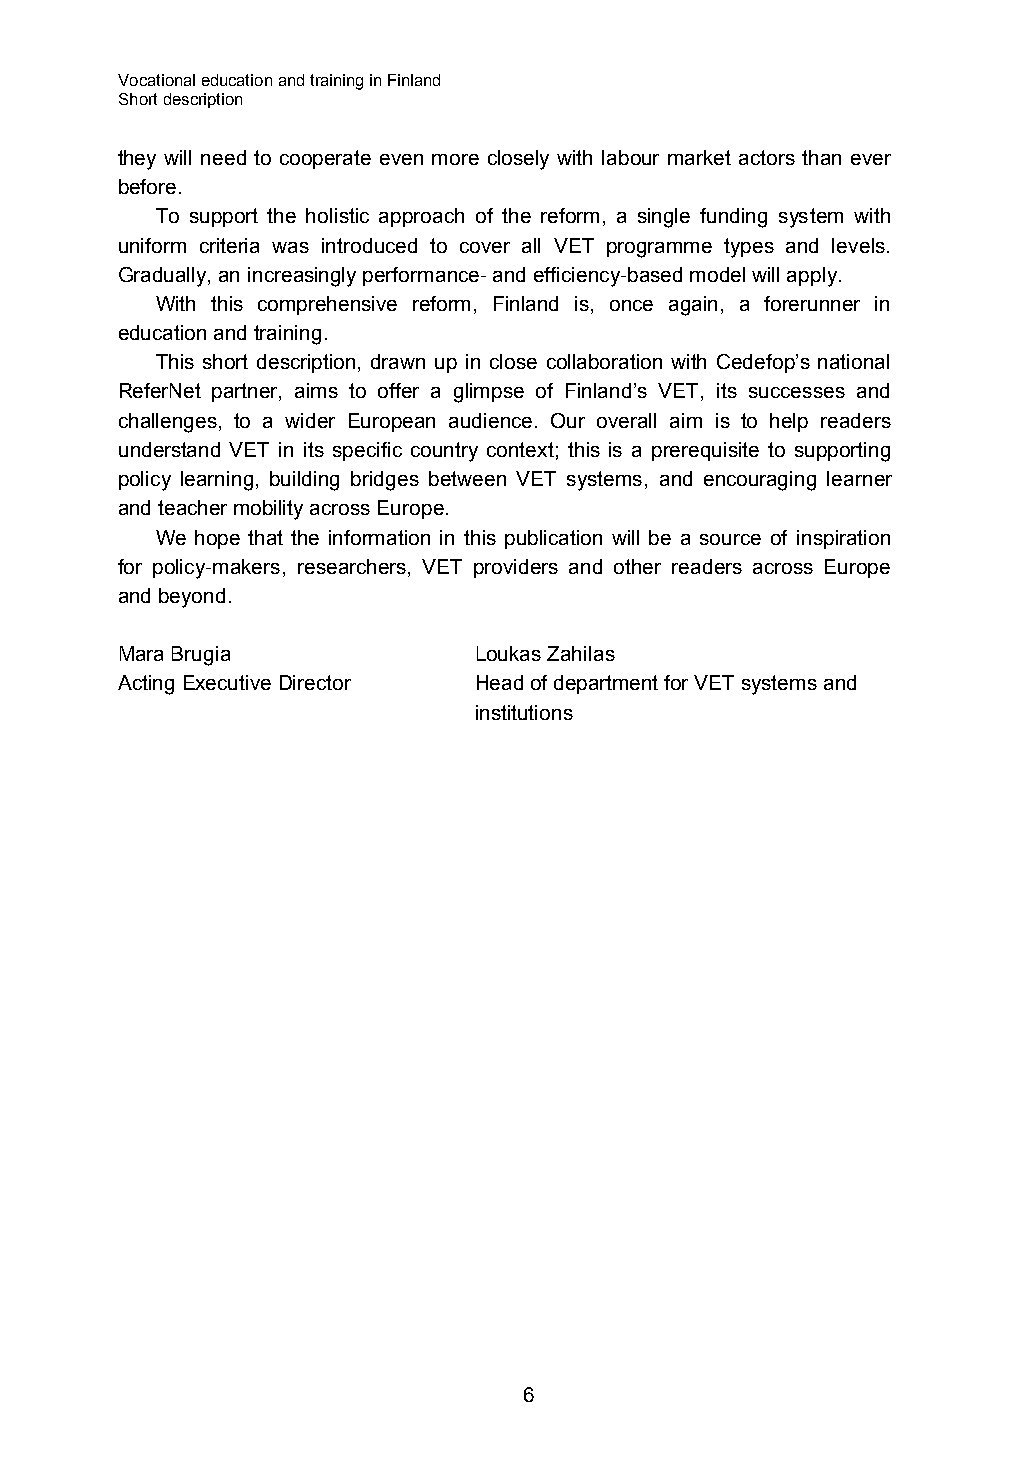
Vocational education and training in Finland
 Short description
 they will need to cooperate even more closely with labour market actors than ever
 before.
 To support the holistic approach of the reform, a single funding system with
 uniform criteria was introduced to cover all VET programme types and levels.
 Gradually, an increasingly performance- and efficiency-based model will apply.
 With this comprehensive reform, Finland is, once again, a forerunner in
 education and training.
 This short description, drawn up in close collaboration with Cedefop’s national
 ReferNet partner, aims to offer a glimpse of Finland’s VET, its successes and
 challenges, to a wider European audience. Our overall aim is to help readers
 understand VET in its specific country context; this is a prerequisite to supporting
 policy learning, building bridges between VET systems, and encouraging learner
 and teacher mobility across Europe.
 We hope that the information in this publication will be a source of inspiration
 for policy-makers, researchers, VET providers and other readers across Europe
 and beyond.
 Mara Brugia            Loukas Zahilas
 Acting Executive Director Head of department for VET systems and
 institutions
 6